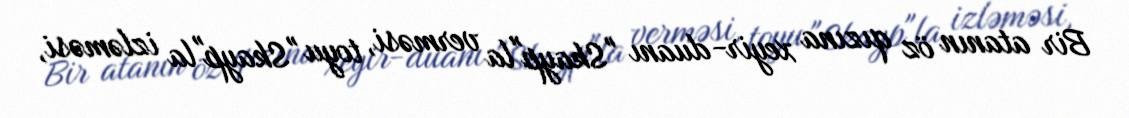
Bir atanın öz qızına xeyir-duanı "Skayp"la verməsi, toyu "Skayp"la izləməsi,